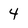
Character: 4